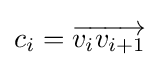
c_{i}={\overrightarrow {v_{i}v_{i+1}}}